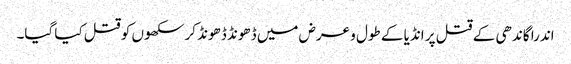
اندرا گاندھی کے قتل پر انڈیا کے طول و عرض میں ڈھونڈ ڈھونڈ کر سکھوں کو قتل کیا گیا۔